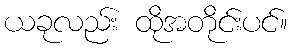
ယခုလည်း ထိုအတိုင်းပင်။